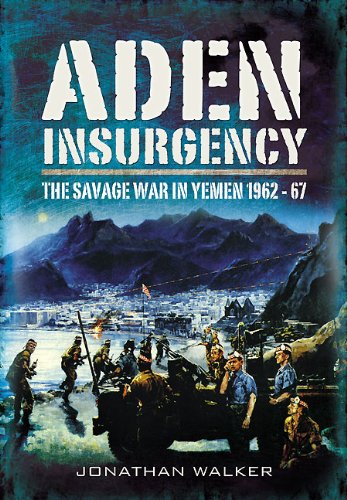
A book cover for Aden Insurgency: The Savage War in Yemen 1962-67; Jonathan Walke; History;